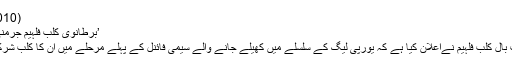
(20.04.2010)
’برطانوی کلب فُلہیم جرمنی پہنچے گا‘
برطانوی فٹ بال کلب فُلہیم نےاعلان کیا ہے کہ یورپی لیگ کے سلسلے میں کھیلے جانے والے سیمی فائنل کے پہلے مرحلے میں ان کا کلب شرکت کرے گا۔